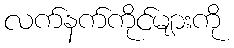
လက်နက်ကိုင်များကို